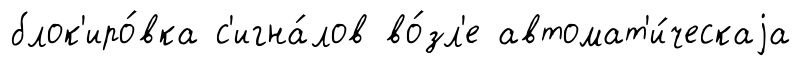
блок'иро́вка с'игна́лов во́зл'е автомат'и́ческаjа